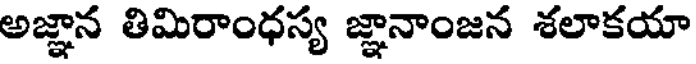
అజ్ఞాన తిమిరాంధస్య జ్ఞానాంజన శలాకయా